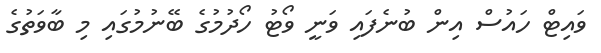
ވައިޓް ހައުސް އިން ބުނެފައި ވަނީ ވޯޓު ހޯދުމުގެ ބޭނުމުގައި މި ބާވަތުގެ